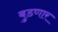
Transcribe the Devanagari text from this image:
बुडणार